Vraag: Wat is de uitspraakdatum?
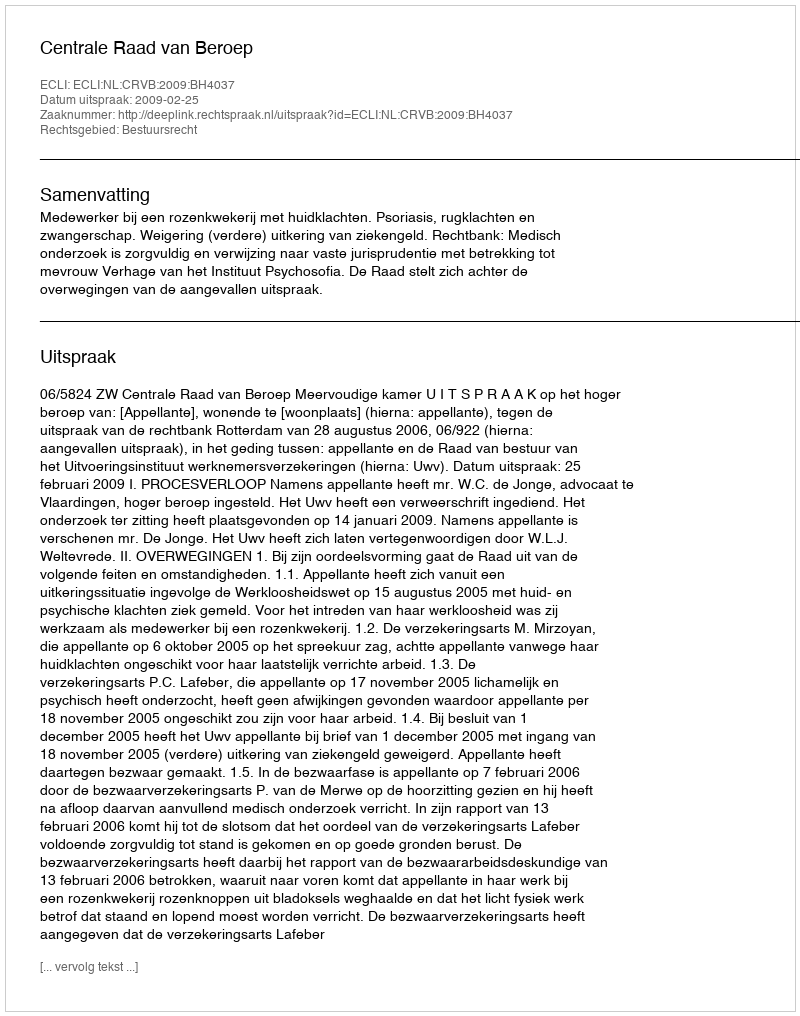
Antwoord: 2009-02-25